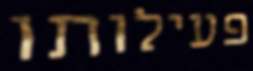
פעילותו